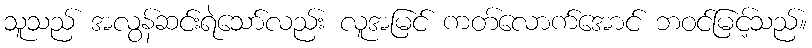
သူသည် အလွန်ဆင်းရဲသော်လည်း လူအမြင် ကတ်လောက်အောင် ဘဝင်မြင့်သည်။